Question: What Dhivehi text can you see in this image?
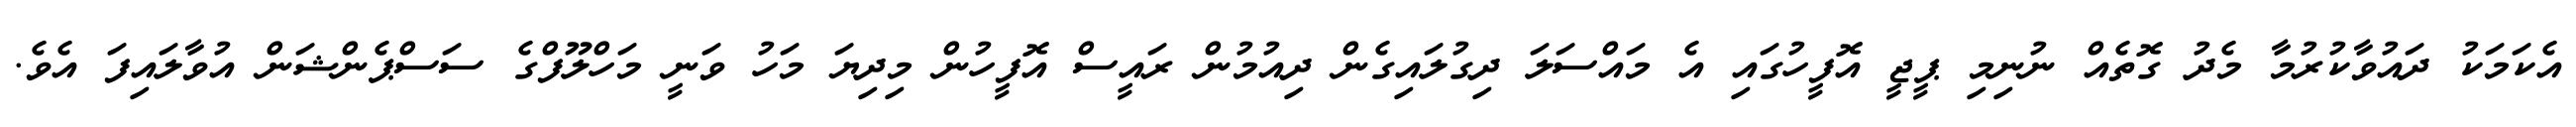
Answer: އެކަމަކު ދައުވާކުރުމާ މެދު ގޮތެއް ނުނިމި ޕީޖީ އޮފީހުގައި އެ މައްސަލަ ދިގުލައިގެން ދިއުމުން ރައީސް އޮފީހުން މިދިޔަ މަހު ވަނީ މަހްލޫފްގެ ސަސްޕެންޝަން އުވާލައިފަ އެވެ.